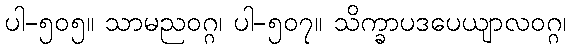
ပါ-၅၀၅။ သာမညဝဂ္ဂ၊ ပါ-၅၀၇။ သိက္ခာပဒပေယျာလဝဂ္ဂ၊